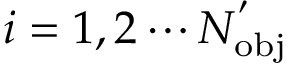
i = 1 , 2 \cdots N _ { \mathrm { { o b j } } } ^ { ' }